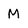
Character: M